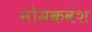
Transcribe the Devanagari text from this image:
नोमकवंश